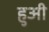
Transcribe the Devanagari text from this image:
हुअी